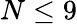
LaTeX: N\le 9